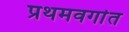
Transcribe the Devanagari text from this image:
प्रथमवर्गात